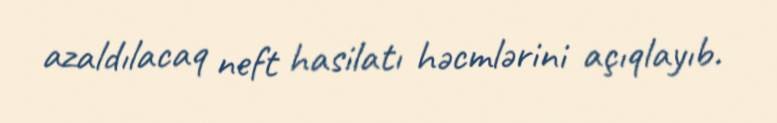
azaldılacaq neft hasilatı həcmlərini açıqlayıb.